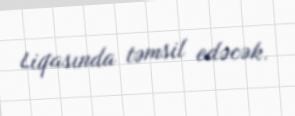
Liqasında təmsil edəcək.